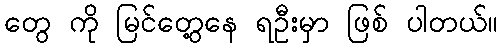
တွေ ကို မြင်တွေ့နေ ရဦးမှာ ဖြစ် ပါတယ်။